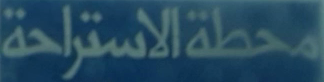
محطةالاستراحة